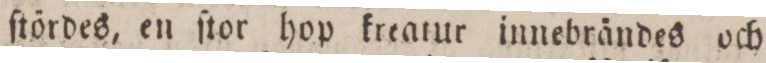
ſtördes, en ſtor hop kreatur innebrändes och